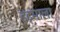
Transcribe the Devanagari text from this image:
इंद्रमाला